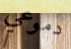
دموعي